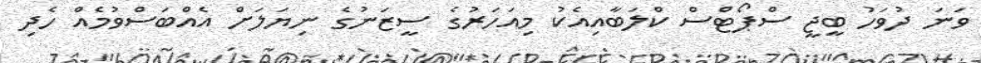
ވަނަ ދުވަހު ބީޖީ ސްޕޯޓްސް ކްލަބާއިއެކު މިއަހަރުގެ ސީޒަނުގެ ނިޔަލަށް އެއްބަސްވުމެއް ހެދި